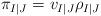
LaTeX: \begin{align*}\pi_{I|J}=v_{I|J}\rho_{I|J}\end{align*}